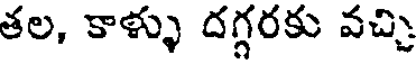
తల, కాళ్ళు దగ్గరకు వచ్చి